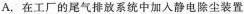
A.在工厂的尾气排放系统中加入静电除尘装置